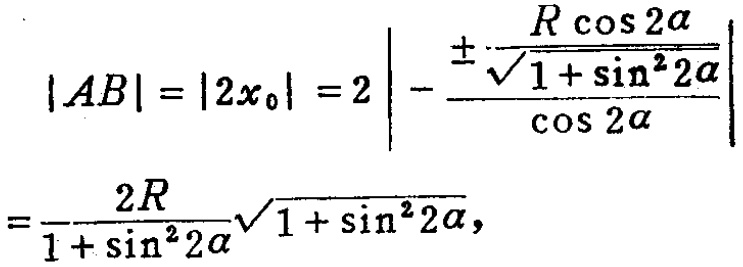
\[
\begin{align*}
|AB|&=|2x_0| = 2\left|-\frac{\pm\frac{R\cos2\alpha}{\sqrt{1 + \sin^{2}2\alpha}}}{\cos2\alpha}\right|\\
&=\frac{2R}{1 + \sin^{2}2\alpha}\sqrt{1 + \sin^{2}2\alpha},
\end{align*}
\]